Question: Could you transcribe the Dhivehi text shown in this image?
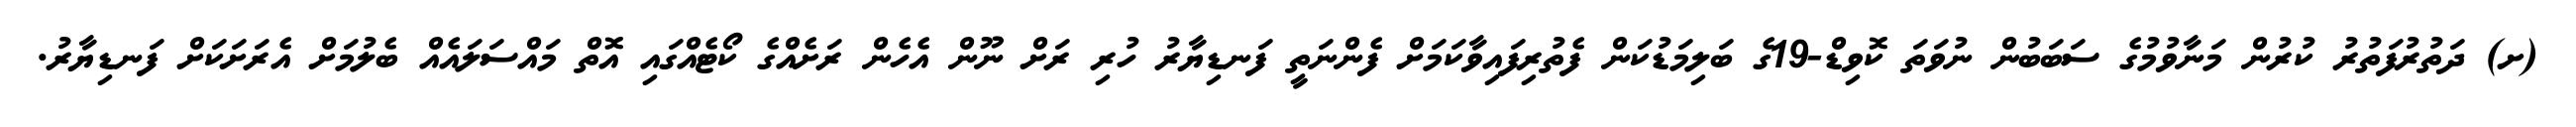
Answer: (ށ) ދަތުރުފަތުރު ކުރުން މަނާވުމުގެ ސަބަބުން ނުވަތަ ކޮވިޑް-19ގެ ބަލިމަޑުކަން ފެތުރިފައިވާކަމަށް ފެންނަތީ ފަނޑިޔާރު ހުރި ރަށް ނޫން އެހެން ރަށެއްގެ ކޯޓެއްގައި އޮތް މައްސަލައެއް ބެލުމަށް އެރަށަކަށް ފަނޑިޔާރު.